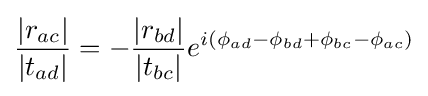
{\frac {|r_{ac}|}{|t_{ad}|}}=-{\frac {|r_{bd}|}{|t_{bc}|}}e^{i(\phi _{ad}-\phi _{bd}+\phi _{bc}-\phi _{ac})}